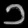
Digit: ၁